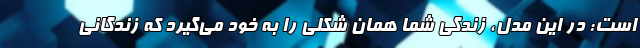
است: در این مدل، زندگیِ شما همان شکلی را به خود می‌گیرد که زندگانی